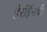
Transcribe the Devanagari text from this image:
हेरॉईनची